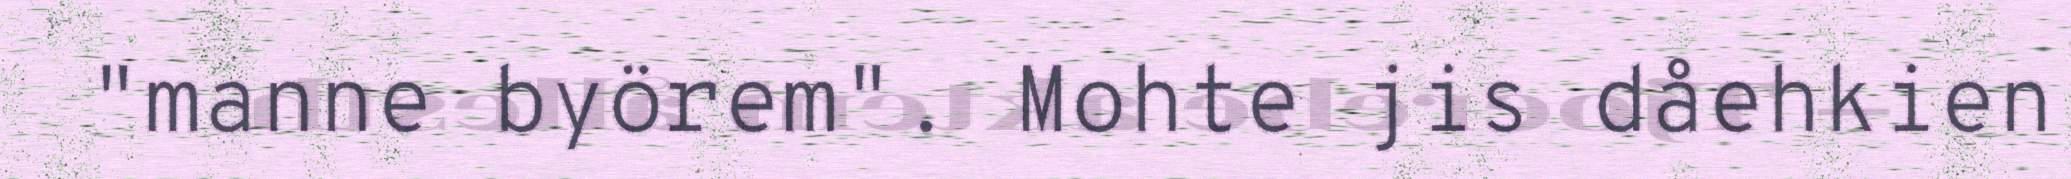
"manne byörem". Mohte jis dåehkien